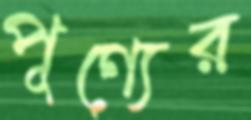
পূণ্যের